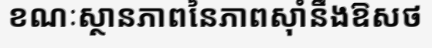
ខណៈស្ថានភាពនៃភាពស៊ាំនឹងឱសថ